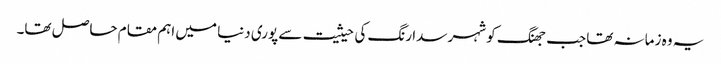
یہ وہ زمانہ تھا جب جھنگ کو شہر سدا رنگ کی حیثیت سے پوری دنیا میں اہم مقام حاصل تھا۔